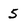
Character: 5